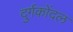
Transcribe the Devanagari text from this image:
दुर्गकोंदल